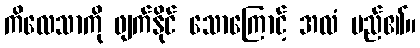
ကိလေသာကို ဖျက်နိုင် သောကြောင့် အလံ မည်၏။